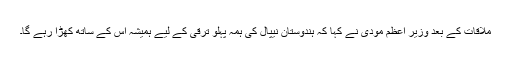
ملاقات کے بعد وزیر اعظم مودی نے کہا کہ ہندوستان نیپال کی ہمہ پہلو ترقی کے لیے ہمیشہ اس کے ساتھ کھڑا رہے گا۔